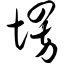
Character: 愣